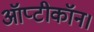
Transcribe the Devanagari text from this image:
ऑप्टीकॉन।